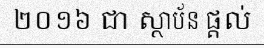
២០១៦ ជា ស្ថាប័ន ផ្តល់